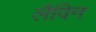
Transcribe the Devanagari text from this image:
लैविन